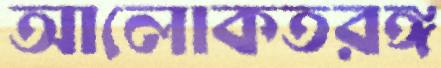
আলোকতরঙ্গ